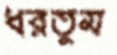
ধরতুম